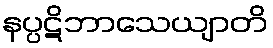
နပ္ပဋိဘာသေယျာတိ